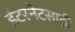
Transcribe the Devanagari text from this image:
इंटरनेटसाठी